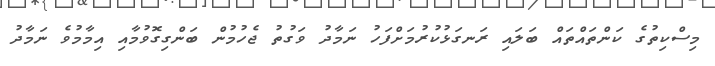
މިސްކިތުގެ ކަންތައްތައް ބަލައި ރަނގަޅުކުރުމަށްފަހު ނަމާދު ވަގުތު ޖެހުމުން ބަންގިގޮވުމާއި އިމާމުވެ ނަމާދު